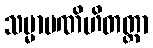
သမ္မာပဏိဟိတတ္တာ